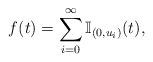
LaTeX: \begin{align*}f(t)=\sum^{\infty}_{i=0} \mathbb I_{(0,u_i)}(t),\end{align*}